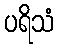
ပရိသံ